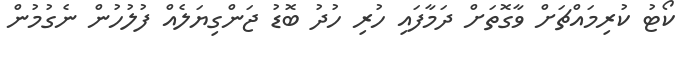
ކޯޓު ކުރިމައްޗަށް ވާގޮތަށް ދަމާފައި ހުރި ހުދު ބޮޑު ޖަންގިޔަލެއް ފުލުހުން ނެގުމުން